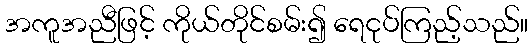
အကူအညီဖြင့် ကိုယ်တိုင်စမ်း၍ ရေငုပ်ကြည့်သည်။